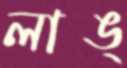
লাঙ্